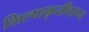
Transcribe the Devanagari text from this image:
शिल्पाकृतींवरून